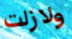
ولازلت